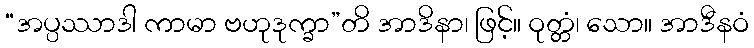
“အပ္ပဿာဒါ ကာမာ ဗဟုဒုက္ခာ”တိ အာဒိနာ၊ ဖြင့်။ ဝုတ္တံ၊ သော။ အာဒီနဝံ